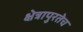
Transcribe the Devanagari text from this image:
क्षेत्रापुरतेच